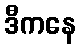
ဒီကနေ